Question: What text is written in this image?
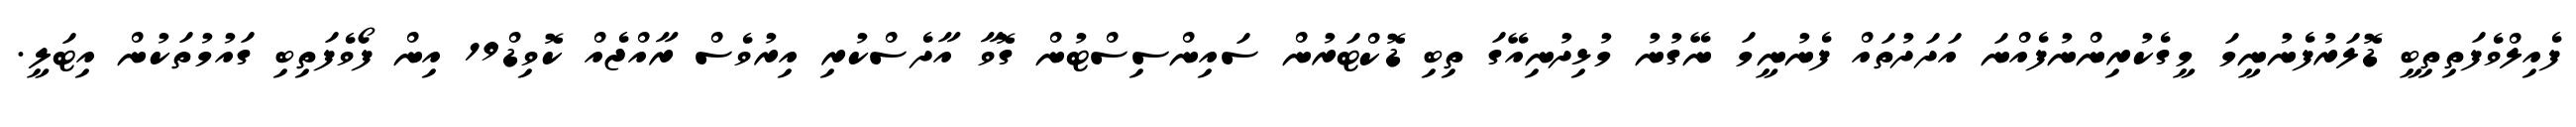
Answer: ފެއިލްވެފަތިތިބީ ޑޮލަރުފެނުނީމަ މީގެކުރިންނުފެއްނަ އަދަދުތައް ފެނުނީމަ ނޭގުނު މުޅިދުނިއޭގަ ތިބި ޑޮކްޓަރުން ސައިންސިސްޓުން ގޮވާ އާދެސްކުރި އިރުވެސް ރާއްޖެއް ކޮވިޑް19 އިން ފޯވެފަތިބި ގައުމުތަކުން އިޓަލީ.